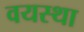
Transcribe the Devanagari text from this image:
वयस्था